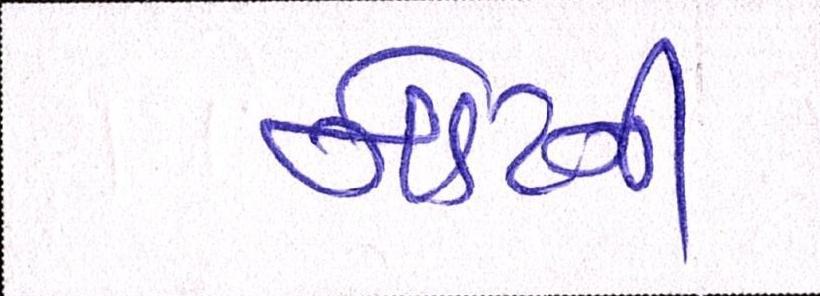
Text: નોટની